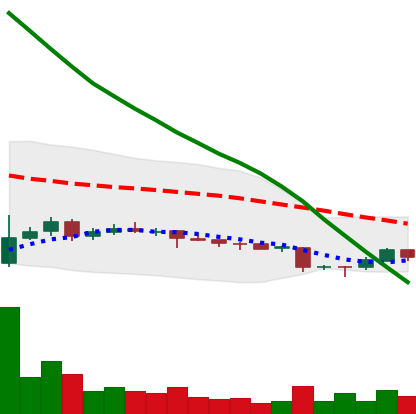
Ticker: ADA-USD
Chart end date: 2018-11-03
Forward return: 7.015%
Label: up_7plus